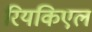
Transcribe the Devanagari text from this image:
रियकिएल